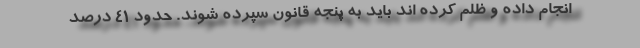
انجام داده و ظلم کرده اند باید به پنجه قانون سپرده شوند. حدود ۴۱ درصد